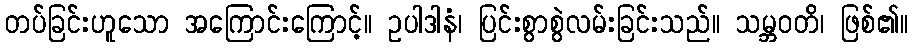
တပ်ခြင်းဟူသော အကြောင်းကြောင့်။ ဥပါဒါနံ၊ ပြင်းစွာစွဲလမ်းခြင်းသည်။ သမ္ဘဝတိ၊ ဖြစ်၏။